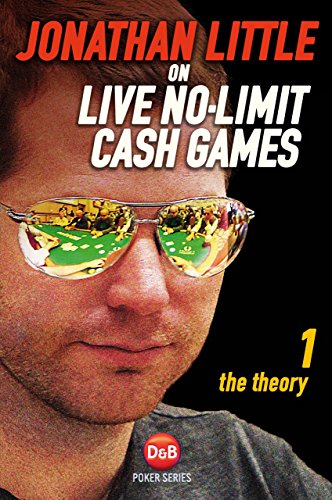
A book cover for Jonathan Little on Live No-Limit Cash Games: The Theory (D&B Poker) (Volume 1); Jonathan Little; Humor & Entertainment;